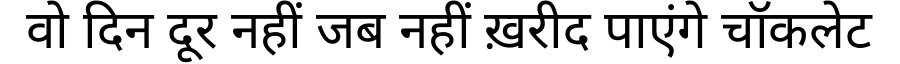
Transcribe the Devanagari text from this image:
वो दिन दूर नहीं जब नहीं ख़रीद पाएंगे चॉकलेट